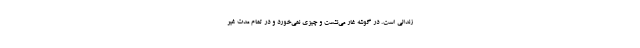
زندانی است. در گوشه غار می‌نشست و چیزی نمی‌خورد و در تمام مدت غیر